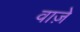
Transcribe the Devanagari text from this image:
वाज़े